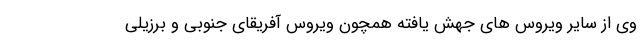
وی از سایر ویروس های جهش یافته همچون ویروس آفریقای جنوبی و برزیلی